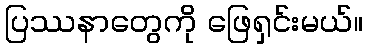
ပြဿနာတွေကို ဖြေရှင်းမယ်။